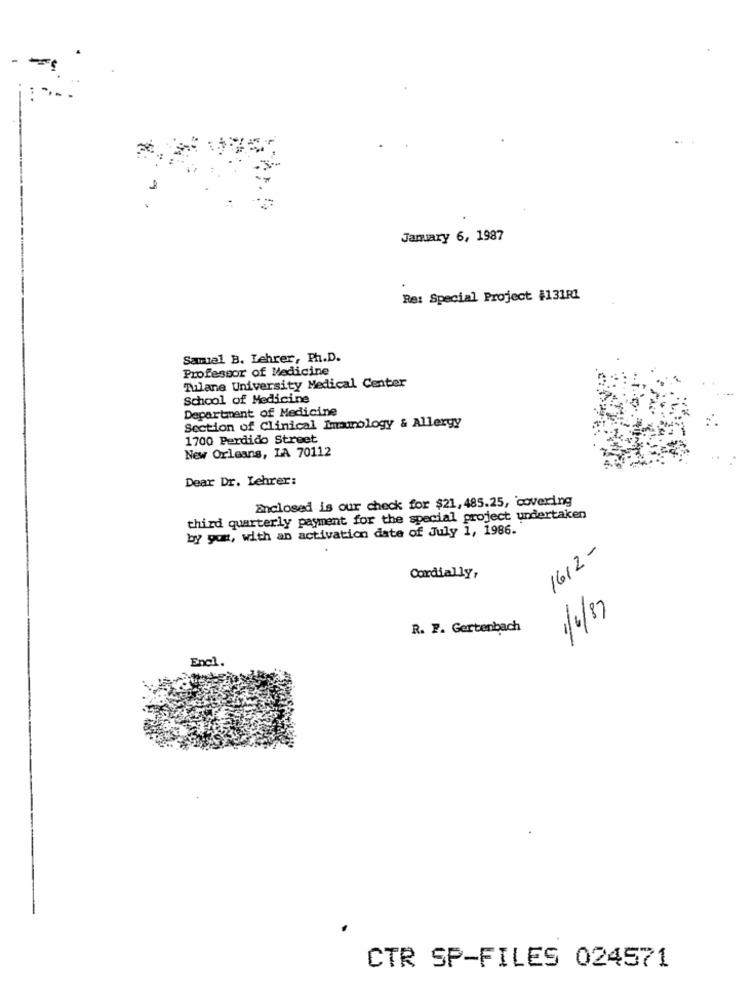
-
January 6, 1987
Re: Special Project #131R1
Samal B. Lehrer, Ph.D.
Professor of Medicine
Tulane University Medical Center
School of Medicine
Department of Medicine
Section of Clinical Immunology & Allergy
1700 Perdido Street
New Orleans, LA 70112
Dear Dr. Lehrer:
Enclosed is our check for $21, 485.25, covering
third quarterly payment for the special project undertaken
by gon, with an activation date of July 1, 1986.
1612 -
Cordially,
1/6/87
R. F. Gertenbach
Encl.
CTR SP-FILES 024571